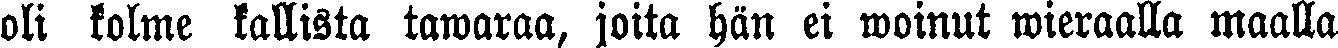
oli kolme kallista tawaraa, joita hän ei woinut wieraalla maalla